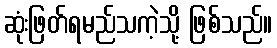
ဆုံးဖြတ်ရမည်သကဲ့သို့ ဖြစ်သည်။